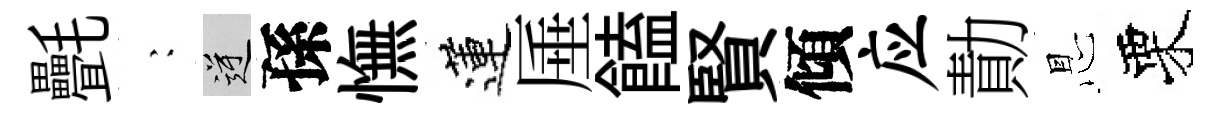
㲲巍逆孫憮蓮厜饁賢傾应勣㤙栗